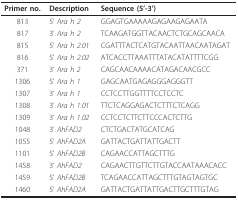
<table><thead><tr><td><b>Primer no.</b></td><td><b>Description</b></td><td><b>Sequence (5&#x27;-3&#x27;)</b></td></tr></thead><tbody><tr><td>813</td><td>5&#x27; <i>Ara h 2</i></td><td>GGAGTGAAAAAGAGAAGAGAATA</td></tr><tr><td>817</td><td>3&#x27; <i>Ara h 2</i></td><td>TCAAGATGGTTACAACTCTGCAGCAACA</td></tr><tr><td>815</td><td>5&#x27; <i>Ara h 2.01</i></td><td>CGATTTACTCATGTACAATTAACAATAGAT</td></tr><tr><td>816</td><td>5&#x27; <i>Ara h 2.02</i></td><td>ATCACCTTAAATTTATACATATTTTCGG</td></tr><tr><td>371</td><td>3&#x27; <i>Ara h 2</i></td><td>CAGCAACAAAACATAGACAACGCC</td></tr><tr><td>1306</td><td>5&#x27; <i>Ara h 1</i></td><td>GAGCAATGAGAGGGAGGGTT</td></tr><tr><td>1307</td><td>3&#x27; <i>Ara h 1</i></td><td>CCTCCTTGGTTTTCCTCCTC</td></tr><tr><td>1308</td><td>3&#x27; <i>Ara h 1.01</i></td><td>TTCTCAGGAGACTCTTTCTCAGG</td></tr><tr><td>1309</td><td>3&#x27; <i>Ara h 1.02</i></td><td>CCTCCTCTTCTTCCCACTCTTG</td></tr><tr><td>1048</td><td>3&#x27; <i>AhFAD2</i></td><td>CTCTGACTATGCATCAG</td></tr><tr><td>1055</td><td>5&#x27; <i>AhFAD2A</i></td><td>GATTACTGATTATTGACTT</td></tr><tr><td>1101</td><td>5&#x27; <i>AhFAD2B</i></td><td>CAGAACCATTAGCTTTG</td></tr><tr><td>1458</td><td>3&#x27; <i>AhFAD2</i></td><td>CAGAACTTGTTCTTGTACCAATAAACACC</td></tr><tr><td>1459</td><td>5&#x27; <i>AhFAD2B</i></td><td>TCAGAACCATTAGCTTTGTAGTAGTGC</td></tr><tr><td>1460</td><td>5&#x27; <i>AhFAD2A</i></td><td>GATTACTGATTATTGACTTGCTTTGTAG</td></tr></tbody></table>